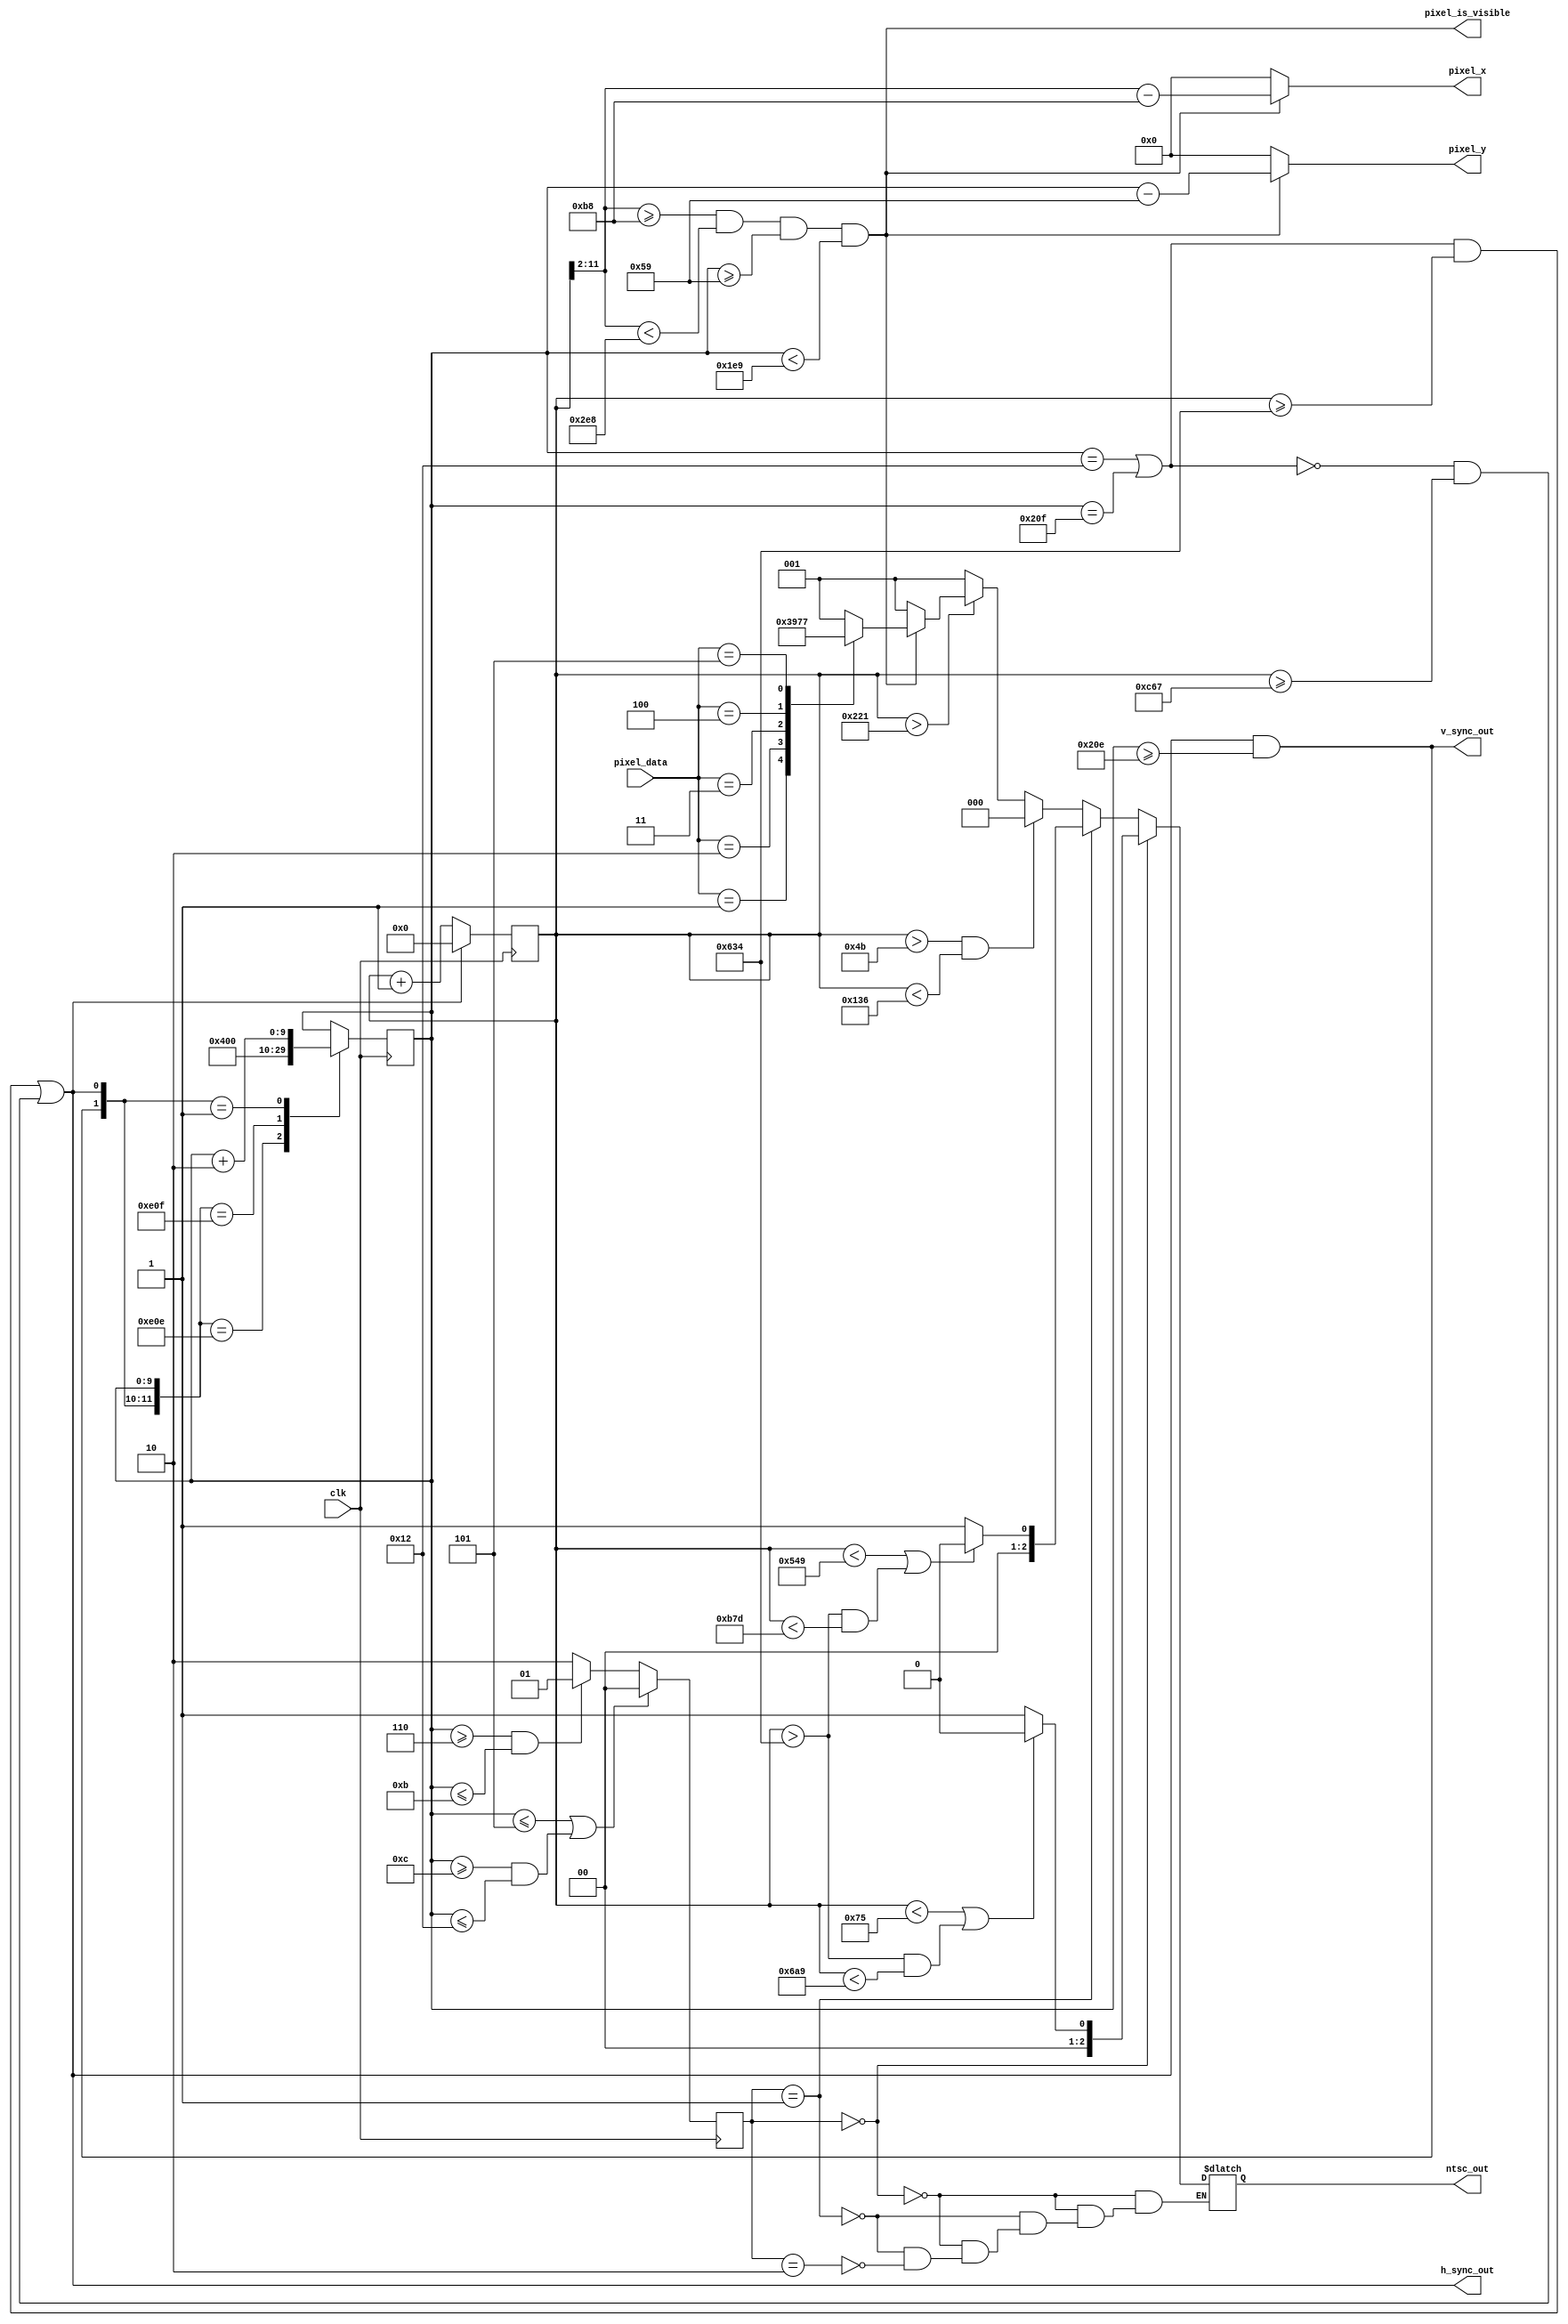

module interlaced_ntsc (
    input  wire       clk,
    input  wire [2:0] pixel_data, // 0 ( black )..5 (bright white)
    output wire       h_sync_out, // single clock tick indicating pixel_y will incrememt on next clock ( for debugging )
    output wire       v_sync_out, // single clock tick indicating pixel_y will reset to 0 or 1 on next clock, depending on the field ( for debugging )
    output wire [9:0] pixel_y,    // which line
    output wire [9:0] pixel_x,
    output wire       pixel_is_visible,
    output reg  [2:0] ntsc_out
    );
    
    parameter   BASE_PIXEL_X          = 10'd184;
    parameter   RESOLUTION_HORIZONTAL = 10'd560;  
    parameter   BASE_PIXEL_Y          = 10'd89;
    parameter   RESOLUTION_VERTICAL   = 10'd400;

    reg         [2:0] luminance;  // TODO: Make a better interface for inputting luminance

    reg         [9:0] line_count_reg,
                      line_count_reg_next; // 0..524

    reg         [1:0] line_type_reg,
                      line_type_reg_next;

    reg        [11:0] horizontal_count_reg,
                      horizontal_count_reg_next;

    localparam  [1:0] LINE_TYPE_EQ              = 2'b00,
                      LINE_TYPE_VERTICAL_BLANK  = 2'b01,
                      LINE_TYPE_SCANLINE        = 2'b10;

    localparam        WIDTH_FRONT_PORCH         = 75,     // 1.5 uS @ 50 MHz
                      WIDTH_SYNC_TIP            = 235,    // 4.7 uS @ 50 MHz
                      WIDTH_BACK_PORCH          = 235,    // 4.7  uS @ 50 MHz
                      WIDTH_VIDEO               = 2630,   // 52.6 uS @ 50 MHz
                      WIDTH_WHOLE_LINE          = 3175,   // 63.5 uS @ 50 MHz
                      WIDTH_HALF_LINE           = 1588,   // 31.75 uS @ 50 MHz
                      WIDTH_EQ_PULSE            = 117,    // 2.35 uS @ 50 MHz
                      WIDTH_V_SYNC_PULSE        = 1353;   // 27.05 uS @ 50 MHz

    localparam [2:0]  SIGNAL_LEVEL_SYNC         = 3'b000, // 0 V
                      SIGNAL_LEVEL_BLANK        = 3'b001, // 0.3 V
                      SIGNAL_LEVEL_BLACK        = 3'b010,
                      SIGNAL_LEVEL_DARK_GREY    = 3'b011,
                      SIGNAL_LEVEL_GREY         = 3'b100,
                      SIGNAL_LEVEL_LIGHT_GREY   = 3'b101,
                      SIGNAL_LEVEL_WHITE        = 3'b110,
                      SIGNAL_LEVEL_BRIGHT_WHITE = 3'b111; // 1 V
    
    localparam        HALF_LINE_EVEN_FIELD      = 18,
                      HALF_LINE_ODD_FIELD       = 527;
    



//  ____ _   _ _  _ ____    ____ _ ____ _  _ ____ _    ____
//  [__   \_/  |\ | |       [__  | | __ |\ | |__| |    [__
//  ___]   |   | \| |___    ___] | |__] | \| |  | |___ ___]
//
    wire at_half_line_width = ( horizontal_count_reg >= WIDTH_HALF_LINE );                                        // signals that the current line has
                                                                                                                  // reached a half scanline's 31.75
    wire at_full_line_width = ( horizontal_count_reg >= WIDTH_WHOLE_LINE );                                       // signals that the current line has
                                                                                                                  // reached a normal scanline's 63.5us
    wire is_a_half_line = ( line_count_reg == HALF_LINE_EVEN_FIELD ) | ( line_count_reg == HALF_LINE_ODD_FIELD ); // signals current line should be treaded as a half
    wire is_a_whole_line = ~ is_a_half_line;                                                                      // signals current line should be treaded as a whole

    wire h_sync = ( is_a_half_line & at_half_line_width ) | ( is_a_whole_line & at_full_line_width );
    wire v_sync = h_sync & line_count_reg >= 526;

    assign h_sync_out = h_sync;
    assign v_sync_out = v_sync;


    assign pixel_is_visible = horizontal_count_reg[11:2] >= BASE_PIXEL_X & horizontal_count_reg[11:2] < BASE_PIXEL_X + RESOLUTION_HORIZONTAL & line_count_reg >= BASE_PIXEL_Y & line_count_reg < BASE_PIXEL_Y + RESOLUTION_VERTICAL;
    assign pixel_x          = pixel_is_visible ? horizontal_count_reg[11:2] - BASE_PIXEL_X : 0;
    assign pixel_y          = pixel_is_visible ? line_count_reg - BASE_PIXEL_Y : 0;


//  _  _ ____ _ _  _    ____ ____ ____ _ ____ ___ ____ ____
//  |\/| |__| | |\ |    |__/ |___ | __ | [__   |  |___ |__/
//  |  | |  | | | \|    |  \ |___ |__] | ___]  |  |___ |  \
//  ___ ____ ____ _  _ ____ ____ ____ ____
//   |  |__/ |__| |\ | [__  |___ |___ |__/
//   |  |  \ |  | | \| ___] |    |___ |  \
//
    always @( posedge clk )
        begin
            horizontal_count_reg  <= horizontal_count_reg_next; // all registers that are needed for decision
            line_count_reg        <= line_count_reg_next;       // keeping are buffered so they hold their
            line_type_reg         <= line_type_reg_next;        // current value until the next clock cycle
        end



//  _    _ _  _ ____    ____ ___ ____ ___ ____
//  |    | |\ | |___    [__   |  |__|  |  |___
//  |___ | | \| |___    ___]  |  |  |  |  |___
//
    always @*                                                                          // TODO: might be able to move this to a wire signal
        if ( line_count_reg <= 5 || ( line_count_reg >= 12 && line_count_reg <= 18 ) ) // is this an equalizing pulse line?
            line_type_reg_next = LINE_TYPE_EQ;
        else if ( line_count_reg >= 6 && line_count_reg <= 11 )                        // is this a vertical blanking line?
            line_type_reg_next = LINE_TYPE_VERTICAL_BLANK;
        else
            line_type_reg_next = LINE_TYPE_SCANLINE;                                   // must be a normal scanline


//  ____ _ ____ _  _ ____ _     ___ _ _  _ _ _  _ ____
//  [__  | | __ |\ | |__| |      |  | |\/| | |\ | | __
//  ___] | |__] | \| |  | |___   |  | |  | | | \| |__]
//
    always @*
        if ( h_sync )                                             // reached the end of the current line?
            horizontal_count_reg_next = 0;                        // yes, reset counter to 0
        else
            horizontal_count_reg_next = horizontal_count_reg + 1; // nope, advance
// this section below used to be signals, but it was hard to read
// generates the proper signals depending on line type
    always @*
      if ( line_type_reg == LINE_TYPE_EQ )
        if ( horizontal_count_reg < WIDTH_EQ_PULSE || (horizontal_count_reg > WIDTH_HALF_LINE && horizontal_count_reg < WIDTH_HALF_LINE + WIDTH_EQ_PULSE ))
          ntsc_out = SIGNAL_LEVEL_SYNC;
        else
          ntsc_out = SIGNAL_LEVEL_BLANK;
      else if ( line_type_reg == LINE_TYPE_VERTICAL_BLANK )
        if ( horizontal_count_reg < WIDTH_V_SYNC_PULSE || (horizontal_count_reg > WIDTH_HALF_LINE && horizontal_count_reg < WIDTH_HALF_LINE + WIDTH_V_SYNC_PULSE ))
          ntsc_out = SIGNAL_LEVEL_SYNC;
        else
          ntsc_out = SIGNAL_LEVEL_BLANK;
      else if ( line_type_reg == LINE_TYPE_SCANLINE )
        begin
          if ( horizontal_count_reg > WIDTH_FRONT_PORCH && horizontal_count_reg < WIDTH_FRONT_PORCH + WIDTH_SYNC_TIP )
            ntsc_out = SIGNAL_LEVEL_SYNC;
          else if ( horizontal_count_reg > WIDTH_WHOLE_LINE - WIDTH_VIDEO )
            ntsc_out = luminance;
          else
            ntsc_out = SIGNAL_LEVEL_BLANK;
        end

    always @*
        casex ( {v_sync, h_sync, line_count_reg} )                            // a lookup table to determing next line number
            {1'b1, 1'b1, 10'd526} : line_count_reg_next = 1;                  // v_sync & line number 526, go to line 1
            {1'b1, 1'b1, 10'd527} : line_count_reg_next = 0;                  // v_sync & line number 527, go to line 0
            {1'b0, 1'b1, 10'bx  } : line_count_reg_next = line_count_reg + 2; // hsync, but not vsync, jump a line
            default               : line_count_reg_next = line_count_reg;     // do nothing
        endcase



//  _    _  _ _  _ _ _  _ ____ _  _ ____ ____
//  |    |  | |\/| | |\ | |__| |\ | |    |___
//  |___ |__| |  | | | \| |  | | \| |___ |___
//
    always @*
      if ( pixel_is_visible )
        case ( pixel_data )
                  0 : luminance = SIGNAL_LEVEL_BLANK;
                  1 : luminance = SIGNAL_LEVEL_DARK_GREY;
                  2 : luminance = SIGNAL_LEVEL_GREY;
                  3 : luminance = SIGNAL_LEVEL_LIGHT_GREY;
                  4 : luminance = SIGNAL_LEVEL_WHITE;
                  5 : luminance = SIGNAL_LEVEL_BRIGHT_WHITE;
            default : luminance = SIGNAL_LEVEL_BLANK;
        endcase
      else
        luminance = SIGNAL_LEVEL_BLANK;

endmodule